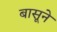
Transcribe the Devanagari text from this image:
बासूने